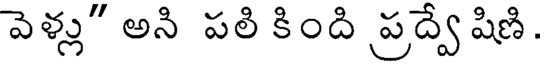
వెళ్లు" అని పలి కింది ప్రద్వే షిణి.